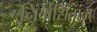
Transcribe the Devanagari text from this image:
निर्वासितांचा